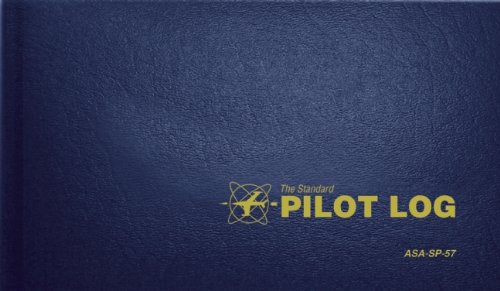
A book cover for The Standard Pilot Log (Navy Blue): ASA-SP-57 (Standard Pilot Logbooks); Engineering & Transportation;